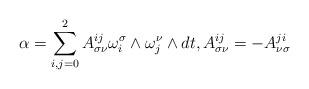
LaTeX: \begin{gather*}\alpha = \sum_{i,j = 0}^2 A_{\sigma \nu}^{ij} \omega^\sigma_i \land \omega^\nu_j \land dt, A_{\sigma \nu}^{ij} = - A_{\nu \sigma}^{ji}\end{gather*}